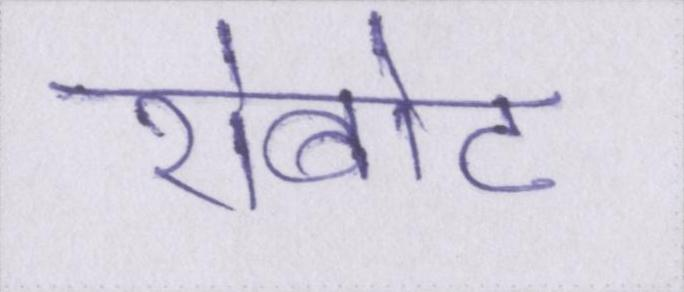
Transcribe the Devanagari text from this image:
रोबोट